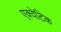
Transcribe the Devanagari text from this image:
एक्वेटिक